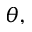
\theta ,